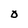
Character: 0